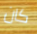
كان